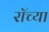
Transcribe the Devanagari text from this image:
रॉच्या